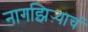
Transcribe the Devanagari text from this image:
नागझिऱ्याचं